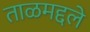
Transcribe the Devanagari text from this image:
ताळमद्दले